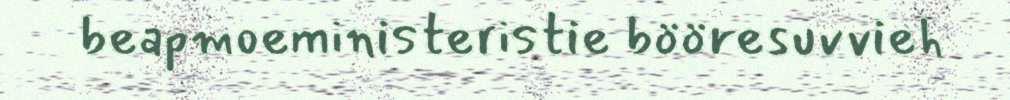
beapmoeministeristie bööresuvvieh